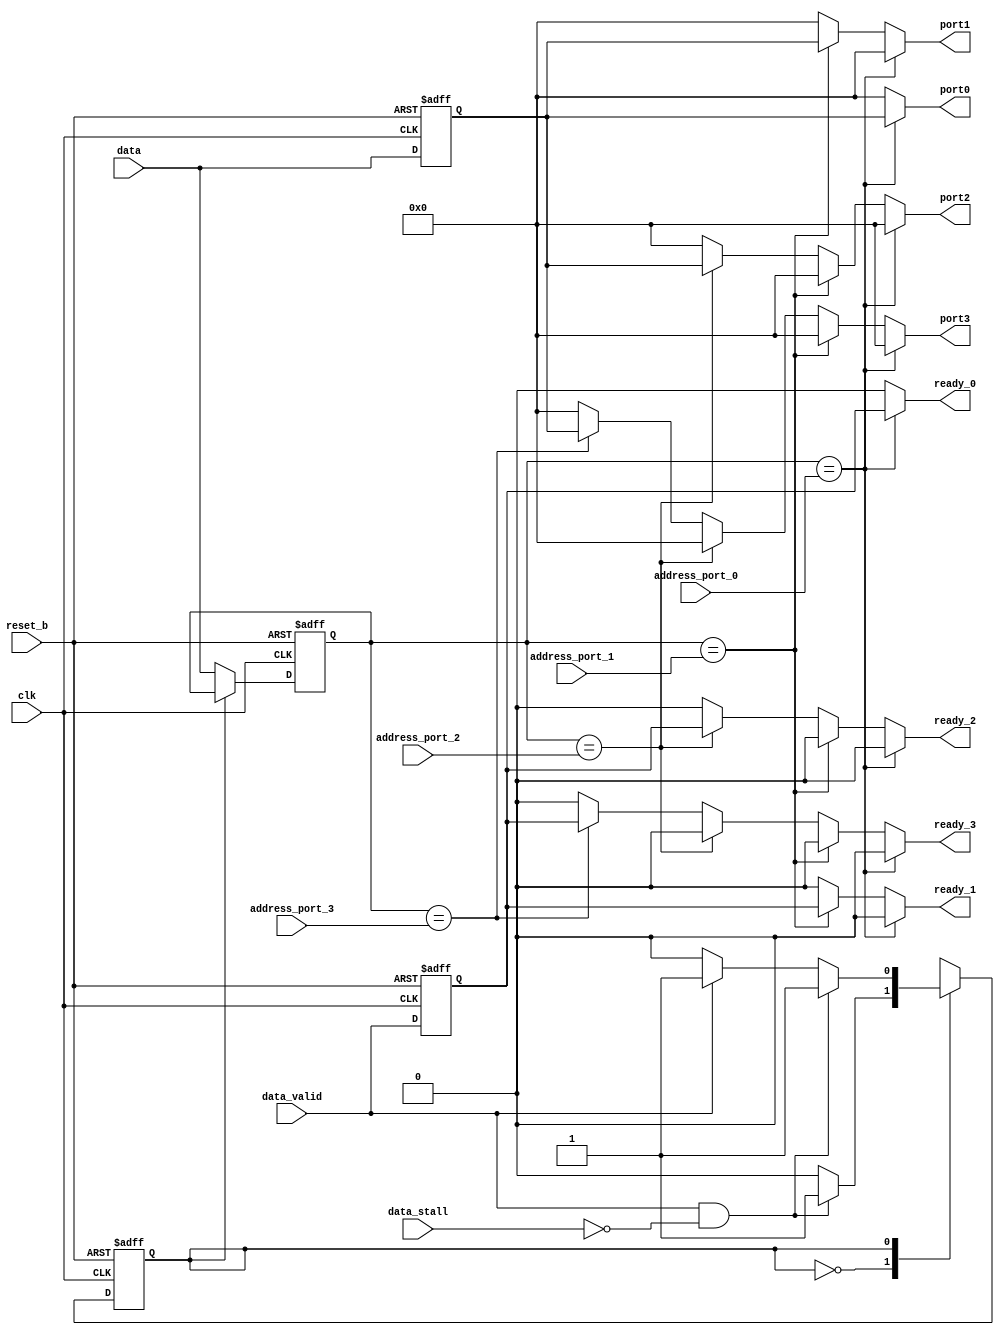
module packet_router (
    input  wire         clk,            
    input  wire         reset_b,        
    input wire  [07:00] address_port_0, 
    input wire  [07:00] address_port_1, 
    input wire  [07:00] address_port_2, 
    input wire  [07:00] address_port_3, 
    input  wire         data_stall,     
    input  wire         data_valid,     
    input  wire [07:00] data,           
    output reg          ready_0,        
    output reg  [07:00] port0,          
    output reg          ready_1,        
    output reg  [07:00] port1,          
    output reg          ready_2,        
    output reg  [07:00] port2,          
    output reg          ready_3,        
    output reg  [07:00] port3);         
    parameter 
        IDLE              = 1'b0,
        PROCESS_PACKET    = 1'b1;
    reg       state;
    reg       next_state;
    reg [7:0] data_d;
    reg       data_ready;
    reg [7:0] packet_address;
    always @(posedge clk or negedge reset_b) begin
            if (~reset_b) begin
                    state               <= IDLE;
                    data_d              <= 9'h00;
                    data_ready          <= 1'b0;
                    packet_address      <= 8'h00;
                end
            else begin
                    state               <= next_state;
                    data_d              <= data;
                    data_ready          <= data_valid;
                    if (state == IDLE) 
                        packet_address  <= data;
                end
        end
    always @*
        case(state)
            IDLE: 
                if (data_valid & ~data_stall) next_state = PROCESS_PACKET;
                else                          next_state = IDLE;
            PROCESS_PACKET:
                if (data_valid & ~data_stall) next_state = PROCESS_PACKET;
                else if (~data_valid)         next_state = IDLE;
                else                          next_state = PROCESS_PACKET;
        endcase
    always @* begin
        port0   = 8'd0;
        ready_0 = 1'b0;
        port1   = 8'd0;
        ready_1 = 1'b0;
        port2   = 8'd0;
        ready_2 = 1'b0;
        port3   = 8'd0;
        ready_3 = 1'b0;
        case(packet_address)
            address_port_0: begin
                port0   = data_d;
                ready_0 = data_ready;
            end
            address_port_1: begin
                port1   = data_d;
                ready_1 = data_ready;
            end
            address_port_2: begin
                port2   = data_d;
                ready_2 = data_ready;
            end
            address_port_3: begin
                port3   = data_d;
                ready_3 = data_ready;
            end
        endcase
    end
endmodule